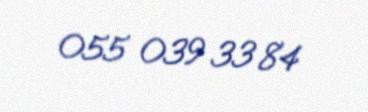
055 039 33 84